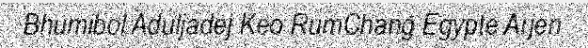
Bhumibol Aduljadej Keo RumChang Egypte Arjen